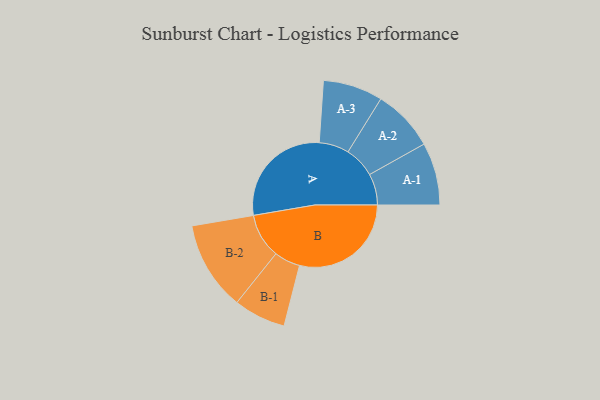
{"axis": {"x": "Segment", "y": "Value"}, "legend": ["", "A", "B"], "data": [{"x": "A", "y": 489, "type": ""}, {"x": "B", "y": 493, "type": ""}, {"x": "A-1", "y": 138, "type": "A"}, {"x": "A-2", "y": 137, "type": "A"}, {"x": "A-3", "y": 132, "type": "A"}, {"x": "B-1", "y": 115, "type": "B"}, {"x": "B-2", "y": 197, "type": "B"}]}